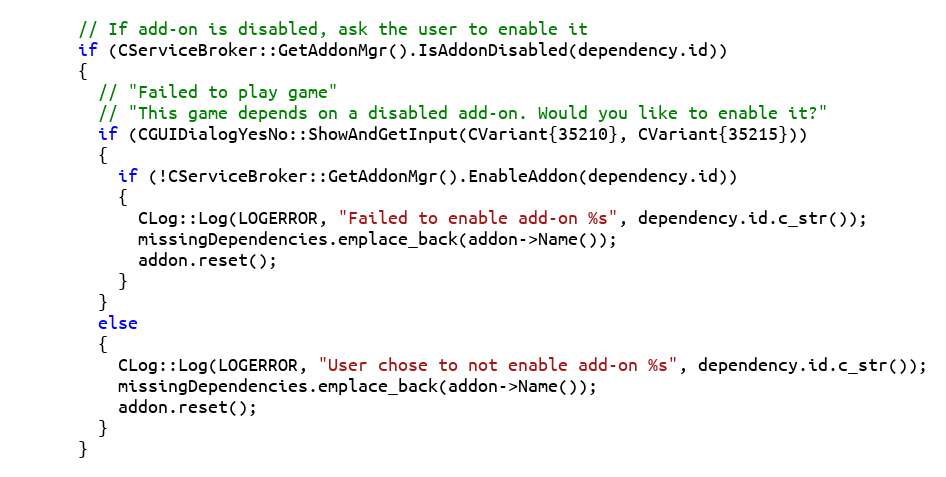
Language: C++
      // If add-on is disabled, ask the user to enable it
      if (CServiceBroker::GetAddonMgr().IsAddonDisabled(dependency.id))
      {
        // "Failed to play game"
        // "This game depends on a disabled add-on. Would you like to enable it?"
        if (CGUIDialogYesNo::ShowAndGetInput(CVariant{35210}, CVariant{35215}))
        {
          if (!CServiceBroker::GetAddonMgr().EnableAddon(dependency.id))
          {
            CLog::Log(LOGERROR, "Failed to enable add-on %s", dependency.id.c_str());
            missingDependencies.emplace_back(addon->Name());
            addon.reset();
          }
        }
        else
        {
          CLog::Log(LOGERROR, "User chose to not enable add-on %s", dependency.id.c_str());
          missingDependencies.emplace_back(addon->Name());
          addon.reset();
        }
      }